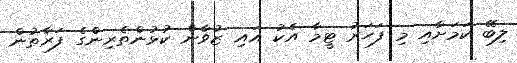
ލިބޭ ކަމަށާއި މި ފަހަރު ޓީމާ އެކު އައި ޒުވާން ކުޅުންތެރިންގެ ފަރާތުން